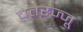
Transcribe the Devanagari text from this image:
चेतरज्जू